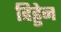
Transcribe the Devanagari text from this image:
हिड्डेन